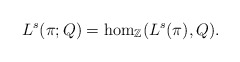
\begin{align*}L^s(\pi;Q) & = \hom_{\mathbb{Z}}(L^s(\pi), Q).\end{align*}